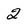
Character: 2